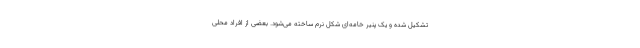
تشکیل شده و یک پنیر خامه‌ای شکل نرم ساخته می‌شود. بعضی از افراد محلی